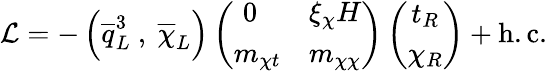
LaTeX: {\cal L}=-\left(\overline{{{q}}}_{L}^{3}\ ,\ \overline{{{\chi}}}_{L}\right)\left(\begin{array}{rl}{{0\; \; \; }}&{{\xi_{\chi}H}}\\ {{m_{\chi t}}}&{{m_{\chi\chi}}}\end{array}\right)\left(\begin{array}{c}{{t_{R}}}\\ {{\chi_{R}}}\end{array}\right)+\mathrm{h.c.}